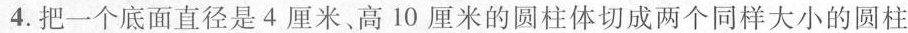
4.把一个底面直径是4厘米、高10厘米的圆柱体切成两个同样大小的圆柱